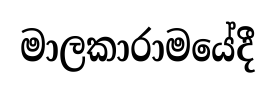
මාලකාරාමයේදී